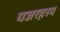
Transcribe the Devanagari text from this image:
यज्ञरहस्य